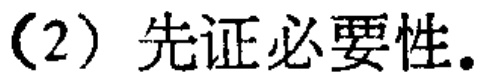
（2）先证必要性.